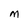
Character: M